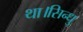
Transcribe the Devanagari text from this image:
था।सिन्धु